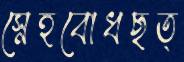
স্নেহবোধছত্